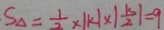
S _ { \Delta } = \frac { 1 } { 2 } \times \vert k \vert \times \vert \frac { k } { 2 } \vert = 9